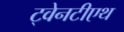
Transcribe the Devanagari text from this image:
ट्वेनटीएथ